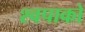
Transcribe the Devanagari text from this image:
श्वपाको